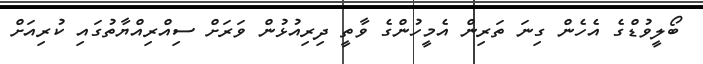
ބޯލީވުޑްގެ އެހެން ގިނަ ތަރިން އެމީހުންގެ ވާތީ ދިރިއުޅުން ވަރަށް ސިއްރިއްޔާތުގައި ކުރިއަށް